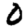
Digit: 0